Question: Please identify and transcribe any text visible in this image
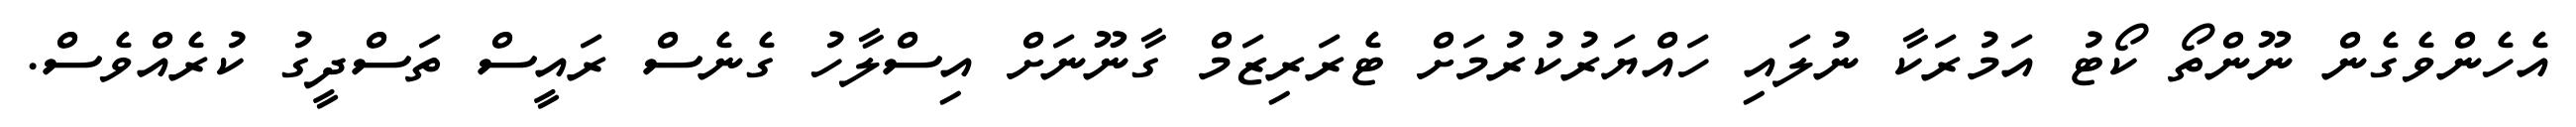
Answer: އެހެންވެގެން ނޫންތޯ ކޯޓު އަމުރަކާ ނުލައި ހައްޔަރުކުރުމަށް ޓެރަރިޒަމް ގާނޫނަށް އިސްލާހު ގެނެސް ރައީސް ތަސްދީގު ކުރެއްވެސް.